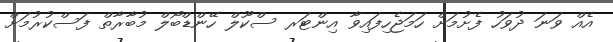
އެއް ވަނަ ދުވަހު ފެށުމަށް ހަމަޖެހިފައިވާ އިންޓަރ ސްކޫލް ހޭންޑްބޯލް މުބާރާތް ފަސްކުރުމަށް